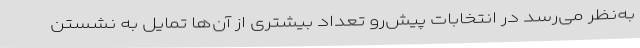
به‌نظر می‌رسد در انتخابات پیش‌رو تعداد بیشتری از آن‌ها تمایل به نشستن